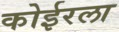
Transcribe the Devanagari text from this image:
कोईरला